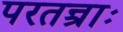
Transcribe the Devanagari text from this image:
परतन्त्राः